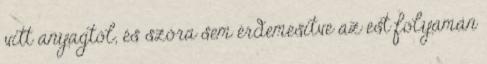
vitt anyagtól, és szóra sem érdemesítve az est folyamán